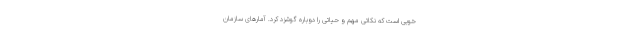
خوبی است که نکاتی مهم و حیاتی را دوباره گوشزد کرد. آمارهای سازمان